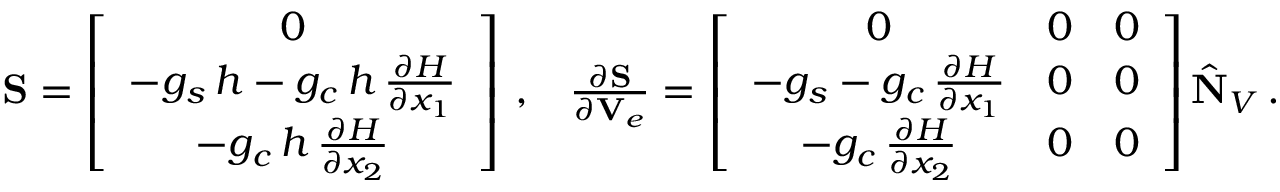
\begin{array} { r } { \begin{array} { c c } { { \bf S } = \left[ \begin{array} { c } { 0 } \\ { - g _ { s } \, { h } - g _ { c } \, { h } \, \frac { \partial { H } } { \partial { x } _ { 1 } } } \\ { - g _ { c } \, { h } \, \frac { \partial { H } } { \partial { x } _ { 2 } } } \end{array} \right] \, , } & { \frac { \partial { \bf S } } { \partial { \bf V } _ { e } } = \left[ \begin{array} { c c c } { 0 } & { 0 } & { 0 } \\ { - g _ { s } - g _ { c } \, \frac { \partial { H } } { \partial { x } _ { 1 } } } & { 0 } & { 0 } \\ { - g _ { c } \, \frac { \partial { H } } { \partial { x } _ { 2 } } } & { 0 } & { 0 } \end{array} \right] \hat { \bf N } _ { V } \, . } \end{array} } \end{array}